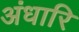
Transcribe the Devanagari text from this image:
अंधारि